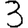
Digit: 3